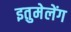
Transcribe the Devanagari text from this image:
इतुमेलेंग